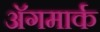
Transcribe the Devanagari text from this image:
अॅगमार्क